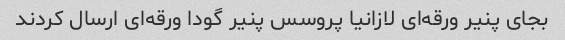
بجای پنیر ورقه‌ای لازانیا پروسس پنیر گودا ورقه‌ای ارسال کردند